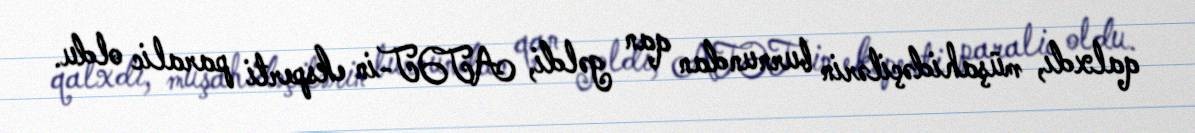
qalxdı, müşahidəçilərin burnundan qan gəldi, ATƏT-in eksperti paralic oldu.